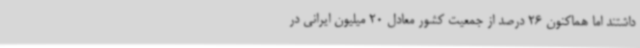
داشتند اما هماکنون 26 درصد از جمعیت کشور معادل 20 میلیون ایرانی در